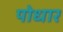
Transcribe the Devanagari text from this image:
पोधार